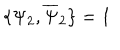
\{ \Psi _ { 2 } , \overline { { { \Psi } } } _ { 2 } \} = 1